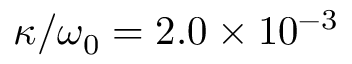
\kappa / \omega _ { 0 } = 2 . 0 \times 1 0 ^ { - 3 }